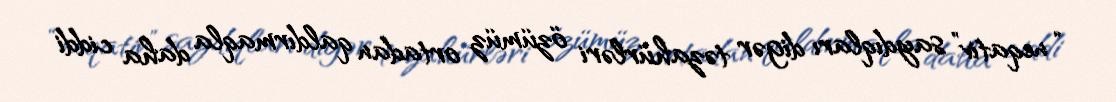
“neqativ” saydıqları digər təzahürləri özümüz ortadan qaldırmaqla daha ciddi